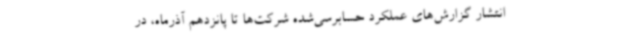
انتشار گزارش‌های عملکرد حسابرسی‌شده شرکت‌ها تا پانزدهم آذرماه، در